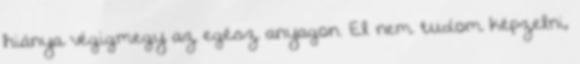
hiánya végigmegy az egész anyagon. El nem tudom képzelni,